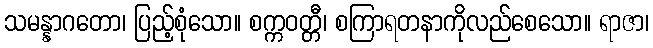
သမန္နာဂတော၊ ပြည့်စုံသော။ စက္ကဝတ္တီ၊ စကြာရတနာကိုလည်စေသော။ ရာဇာ၊